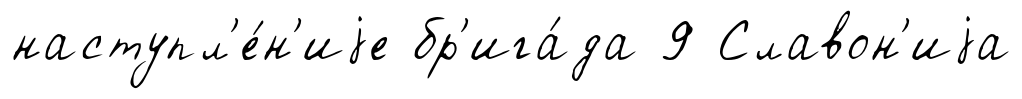
наступл'е́н'иjе бр'ига́да 9 Славон'иjа